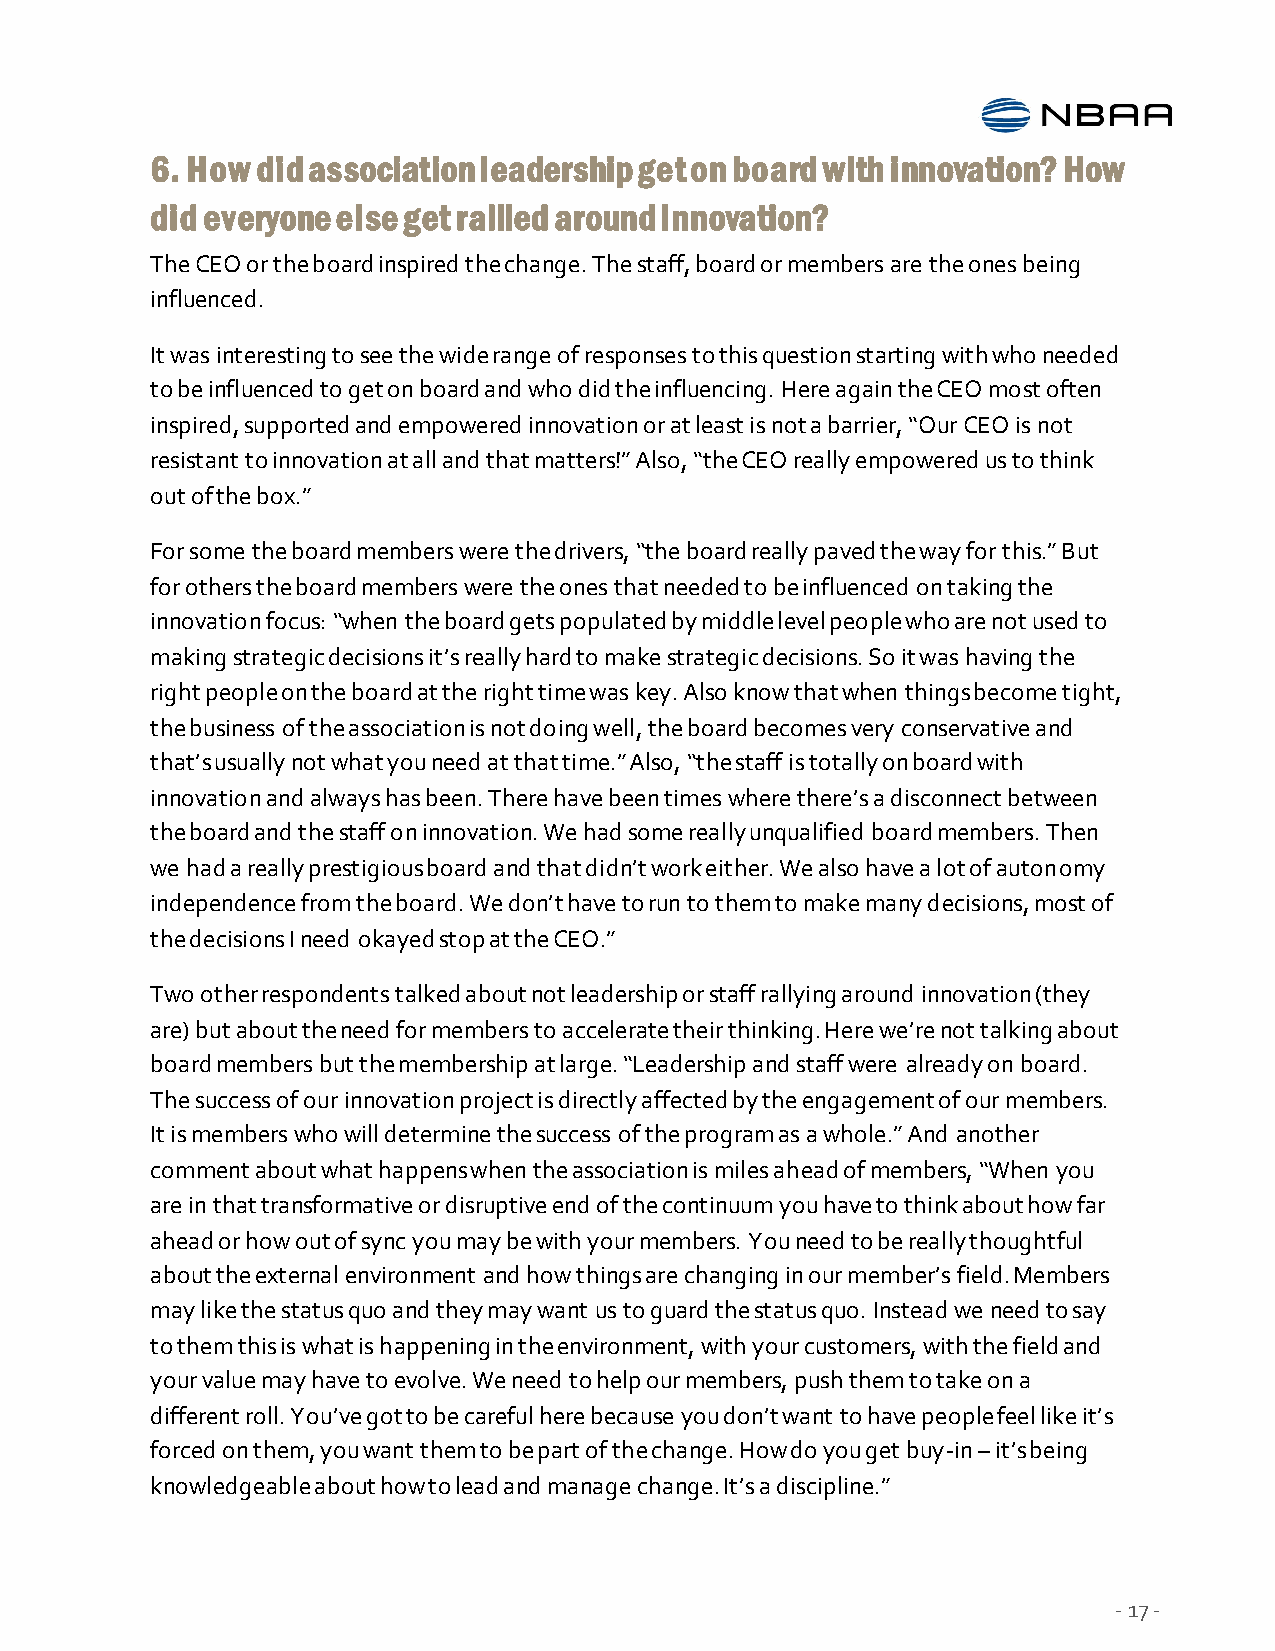
6. How did association leadership get on board with innovation? How
 did everyone else get rallied around innovation?
 The CEO or the board inspired the change. The staff, board or members are the ones being
 influenced.
 It was interesting to see the wide range of responses to this question starting with who needed
 to be influenced to get on board and who did the influencing. Here again the CEO most often
 inspired, supported and empowered innovation or at least is not a barrier, “Our CEO is not
 resistant to innovation at all and that matters!” Also, “the CEO really empowered us to think
 out of the box.”
 For some the board members were the drivers, “the board really paved the way for this.” But
 for others the board members were the ones that needed to be influenced on taking the
 innovation focus: “when the board gets populated by middle level people who are not used to
 making strategic decisions it’s really hard to make strategic decisions. So it was having the
 right people on the board at the right time was key. Also know that when things become tight,
 the business of the association is not doing well, the board becomes very conservative and
 that’s usually not what you need at that time.” Also, “the staff is totally on board with
 innovation and always has been. There have been times where there’s a disconnect between
 the board and the staff on innovation. We had some really unqualified board members. Then
 we had a really prestigious board and that didn’t work either. We also have a lot of autonomy
 independence from the board. We don’t have to run to them to make many decisions, most of
 the decisions I need okayed stop at the CEO.”
 Two other respondents talked about not leadership or staff rallying around innovation (they
 are) but about the need for members to accelerate their thinking. Here we’re not talking about
 board members but the membership at large. “Leadership and staff were already on board.
 The success of our innovation project is directly affected by the engagement of our members.
 It is members who will determine the success of the program as a whole.” And another
 comment about what happens when the association is miles ahead of members, “When you
 are in that transformative or disruptive end of the continuum you have to think about how far
 ahead or how out of sync you may be with your members. You need to be really thoughtful
 about the external environment and how things are changing in our member’s field. Members
 may like the status quo and they may want us to guard the status quo. Instead we need to say
 to them this is what is happening in the environment, with your customers, with the field and
 your value may have to evolve. We need to help our members, push them to take on a
 different roll. You’ve got to be careful here because you don’t want to have people feel like it’s
 forced on them, you want them to be part of the change. How do you get buy-in – it’s being
 knowledgeable about how to lead and manage change. It’s a discipline.”
 - 17 -